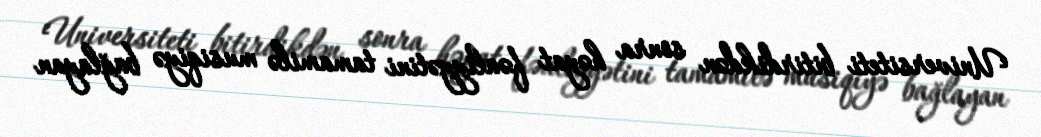
Universiteti bitirdikdən sonra həyat fəaliyyətini tamamilə musiqiyə bağlayan